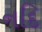
નદિ